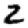
Digit: 2